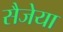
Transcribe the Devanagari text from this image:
सैजेया